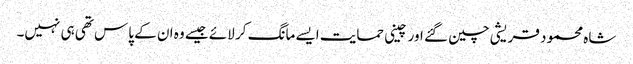
شاہ محمود قریشی چین گئے اور چینی حمایت ایسے مانگ کر لائے جیسے وہ ان کے پاس تھی ہی نہیں۔